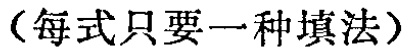
（每式只要一种填法）